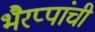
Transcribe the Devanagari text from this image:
भैरप्पांची